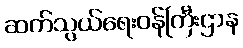
ဆက်သွယ်ရေးဝန်ကြီးဌာန